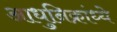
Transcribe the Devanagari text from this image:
आधुनिक्रांध्ये